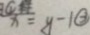
x = y - 1 \textcircled { 2 }